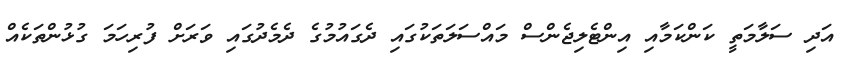
އަދި ސަލާމަތީ ކަންކަމާއި އިންޓެލިޖެންސް މައްސަލަތަކުގައި ދެގައުމުގެ ދެމެދުގައި ވަރަށް ފުރިހަމަ ގުޅުންތަކެއް